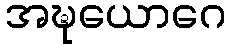
အဍ္ဎယောဂေ